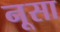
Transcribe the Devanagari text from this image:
नूसा